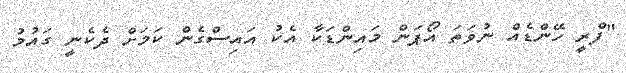
"ފްރީ ހޭންޑެއް ނުވަތަ އޯޕަން މައިންޑަކާ އެކު އައިސްގެން ކަމަށް ދެކެނީ ގައުމު